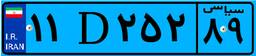
۵۸D۸۷۴۵۲